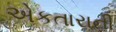
એકતારાની